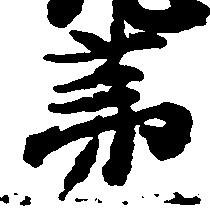
弟